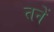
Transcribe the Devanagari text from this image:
तनें